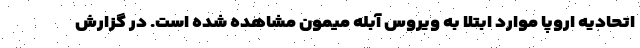
اتحادیه اروپا موارد ابتلا به ویروس آبله میمون مشاهده شده است. در گزارش